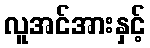
လူအင်အားနှင့်